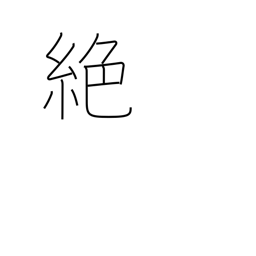
Meaning: interrupt